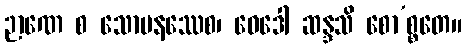
ဉာဏေ စ သောမနဿေစ၊ ဝေဒေါ ဆန္ဒသိ စော’စ္စတေ။